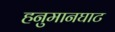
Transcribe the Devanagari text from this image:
हनुमानघाट